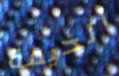
الخيمة